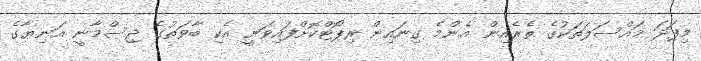
މިފަދަ މައްސަލަތަކުގެ ތެރެއިން އެންމެ ގިނައިން ރިޕޯޓްކޮށްފައިވަނީ އެކި ބާވަތުގެ ޖިސްމާނީ އަނިޔާގެ